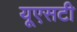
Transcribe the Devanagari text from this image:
यूएसटी